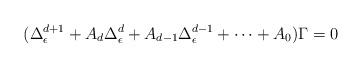
LaTeX: \begin{align*}(\Delta_\epsilon^{d+1} + A_{d} \Delta_\epsilon^{d} + A_{d-1} \Delta_\epsilon^{d-1} + \dots + A_0) \Gamma = 0\end{align*}